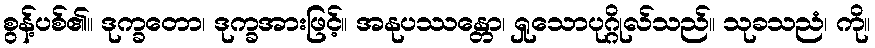
စွန့်ပစ်၏။ ဒုက္ခတော၊ ဒုက္ခအားဖြင့်။ အနုပဿန္တော၊ ရှုသောပုဂ္ဂိုလ်သည်။ သုခသညံ၊ ကို။